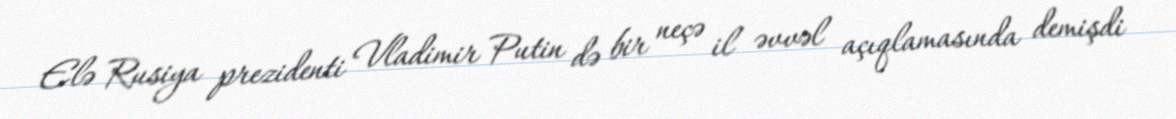
Elə Rusiya prezidenti Vladimir Putin də bir neçə il əvvəl açıqlamasında demişdi